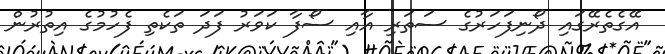
އޭގެތެރޭގައި ދޯނިފަހަރުގެ ސަތަރި އާއި ސޯފާ ކަވަރު ފަދަ ތަކެތި ފެހުމުގެ އިތުރުން